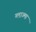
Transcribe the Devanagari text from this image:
ग्लाज्मा